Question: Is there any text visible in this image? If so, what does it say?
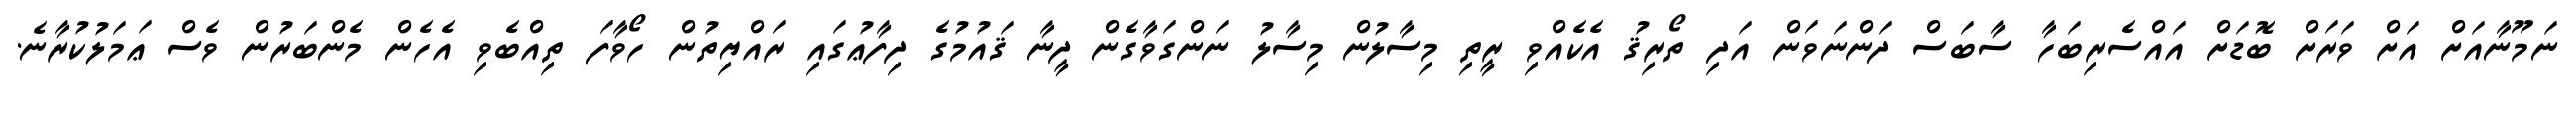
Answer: ނަމޫނާއަށް އަށް ވަރަށް ބޮޑަށް އައްސެރިބަހާ ސާބަސް ދަންނަވަން އަދި ތޯރިޤު އެކެއްވި ރީތި މިސާލުން މިސާލު ނަންގަވާގެން ދީނާ ޤައުމުގެ ދިފާޢުގައި ރައްޔިތުން ހޯވާފަ ތިއްބެވި އެހެން މެންބަރުން ވެސް ޢަމަލުކުރާނެ.